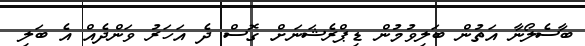
ބާސެލޯނާ އަތުން ބަލިވުމުން ޑިޕްރެޝަނަށް ގޮސް ދެ އަހަރު ވަންދެއް އެ ބަލި